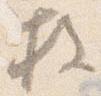
枚